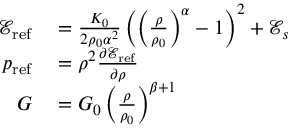
\begin{array} { r l } { \mathscr { E } _ { \mathrm { r e f } } } & { { } = \frac { K _ { 0 } } { 2 \rho _ { 0 } \alpha ^ { 2 } } \left( \left( \frac { \rho } { \rho _ { 0 } } \right) ^ { \alpha } - 1 \right) ^ { 2 } + \mathscr { E } _ { s } } \\ { p _ { \mathrm { r e f } } } & { { } = \rho ^ { 2 } \frac { \partial \mathscr { E } _ { \mathrm { r e f } } } { \partial \rho } } \\ { G } & { { } = G _ { 0 } \left( \frac { \rho } { \rho _ { 0 } } \right) ^ { \beta + 1 } } \end{array}